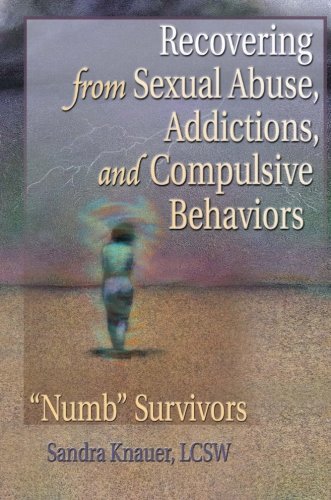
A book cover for Recovering from Sexual Abuse, Addictions, and Compulsive Behaviors: EENumbEE Survivors; Carlton Munson; Health, Fitness & Dieting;